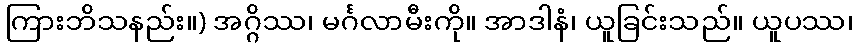
ကြားဘိသနည်း။) အဂ္ဂိဿ၊ မင်္ဂလာမီးကို။ အာဒါနံ၊ ယူခြင်းသည်။ ယူပဿ၊